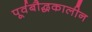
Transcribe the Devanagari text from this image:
पूर्वबौद्धकालीन